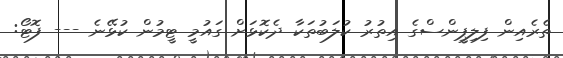
ތެރެއިން ފިލިޕީންސްގެ އިތުރު ކުލަބުތަކާ ދެކޮޅަށް ގައުމީ ޓީމުން ކުޅޭނެ --- ފޮޓޯ: